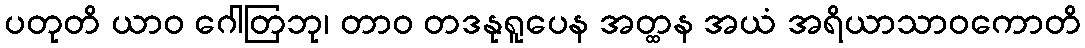
ပတုတိ ယာဝ ဂေါတြဘု၊ တာဝ တဒနုရူပေန အတ္ထန အယံ အရိယာသာဝကောတိ